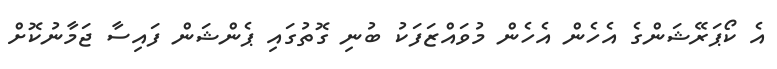
އެ ކޯޕަރޭޝަންގެ އެހެން އެހެން މުވައްޒަފަކު ބުނި ގޮތުގައި ޕެންޝަން ފައިސާ ޖަމާނުކޮށް